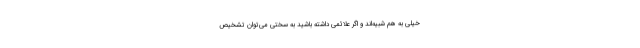
خیلی به هم شبیه‌اند و اگر علائمی داشته باشید به سختی می‌توان تشخیص